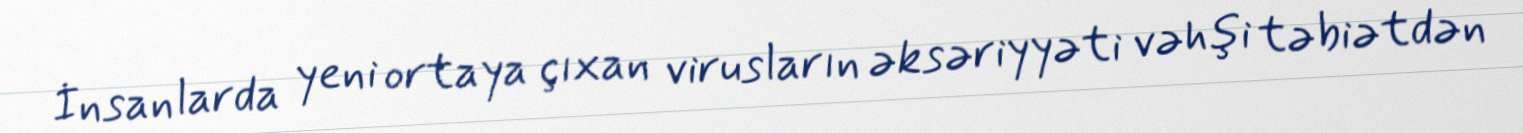
İnsanlarda yeni ortaya çıxan virusların əksəriyyəti vəhşi təbiətdən